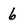
Character: 6